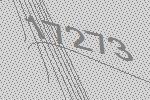
17273